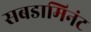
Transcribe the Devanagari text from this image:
सबडामिनंट